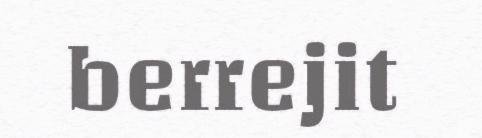
berrejit